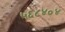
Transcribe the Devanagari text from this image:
५६८४०४